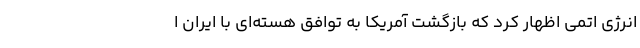
انرژی اتمی اظهار کرد که بازگشت آمریکا به توافق هسته‌ای با ایران ا